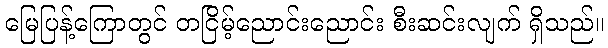
မြေပြန့်ကြောတွင် တငြိမ့်ညောင်းညောင်း စီးဆင်းလျက် ရှိသည်။